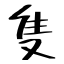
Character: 隻